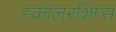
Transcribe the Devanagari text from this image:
स्कॉलरशिप्स